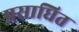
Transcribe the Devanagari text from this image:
प्रसाधित